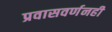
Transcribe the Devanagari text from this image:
प्रवासवर्णनही